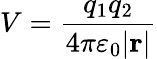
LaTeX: V={\frac{q_{1}q_{2}}{4\pi\varepsilon_{0}|\mathbf{r}|}}